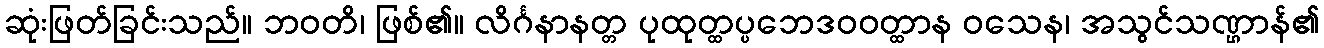
ဆုံးဖြတ်ခြင်းသည်။ ဘဝတိ၊ ဖြစ်၏။ လိင်္ဂနာနတ္တ ပုထုတ္ထပ္ပဘေဒဝဝတ္ထာန ဝသေန၊ အသွင်သဏ္ဌာန်၏